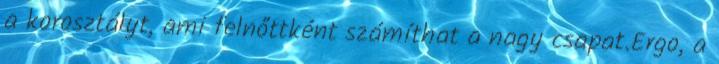
a korosztályt, ami felnőttként számíthat a nagy csapat.Ergo, a